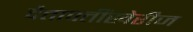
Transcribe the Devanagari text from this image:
दैतापतींखेरीज